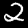
Digit: 2